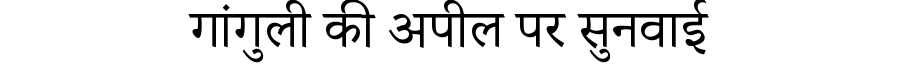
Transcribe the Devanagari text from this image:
गांगुली की अपील पर सुनवाई